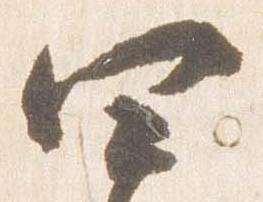
四